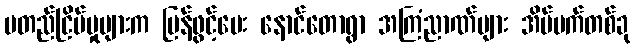
မတည်ငြိမ်မှုများက ပြန်ဖွင့်ပေး နောင်တောရွာ အကြံညာဏ်များ အိပ်မက်တစ်ခု